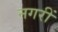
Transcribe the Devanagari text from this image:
नगरीं